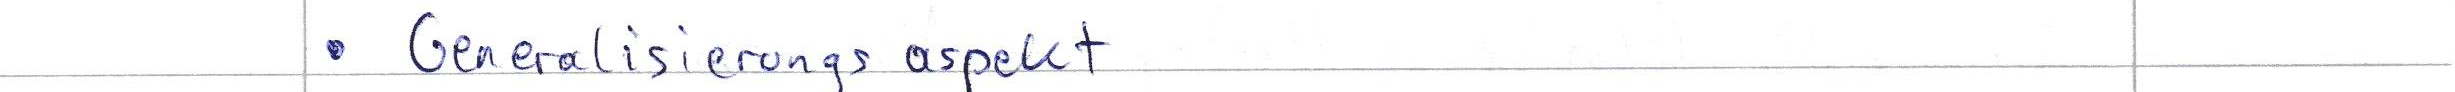
Generalisierungsaspekt